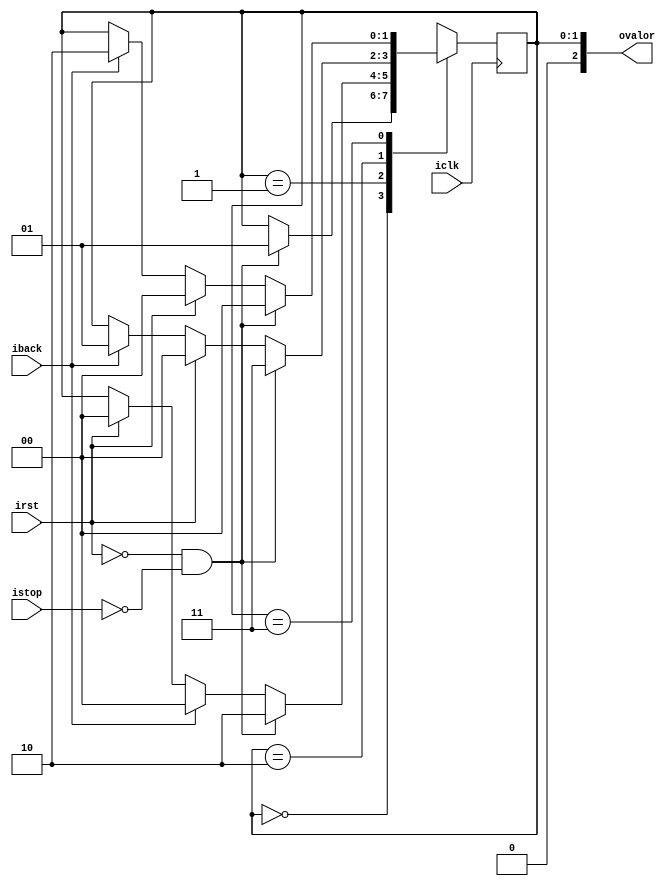
module stateM(	
	input iclk,
	input irst,
	input istop,
	input iback,
	output [2:0]ovalor
	);
	
	reg [1:0]rvalor_D;
	reg [1:0]rvalor_Q;
	
	reg [1:0]rEstado_D;
	reg [1:0]rEstado_Q;
	
	assign ovalor = rEstado_Q;
	
	always @(posedge iclk)
	begin 
		rvalor_Q <= rvalor_D;
		rEstado_Q <= rEstado_D;
	end
	
	always @ *
	begin
		case (rEstado_Q)
		2'd0: //case1
		begin 
			if (!irst && !istop)
			begin 
				rEstado_D = 2'd1;
			end
			else
			begin			
				rEstado_D = rEstado_Q;
			end
			rvalor_D = 2'd0;
		end
		2'd1: //case2
		begin 
			if (!irst && !istop)
			begin 
				rEstado_D = 2'd2;
			end
			else if(iback)
			begin
				rEstado_D = 2'd0;
			end
			else if(irst)
			begin
				rEstado_D = 2'd0;
			end
			else
			begin
				rEstado_D = rEstado_Q;
			end
			rvalor_D = 2'd1;
		end		
		2'd2: //case3
		begin 
			if (!irst && !istop)
			begin 
				rEstado_D = 2'd3;
			end
			else if(irst)
			begin
				rEstado_D = 2'd0;
			end
			else if(iback)
			begin
				rEstado_D = 2'd1;
			end
			else
			begin
				rEstado_D = rEstado_Q;
			end
		end
		
		2'd3:
		begin
			if (!irst && !istop)
			begin 
				rEstado_D = 2'd0;
			end
			else if(irst)
			begin
				rEstado_D = 2'd0;
			end
			else if(iback)
			begin
				rEstado_D = 2'd2;
			end
			else
			begin
				rEstado_D = rEstado_Q;
			end
		end
		
		default:
		begin
		rEstado_D = 2'd0;
		rvalor_D = 2'd0;
		end
		endcase
	end
	
endmodule